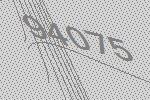
94075